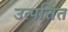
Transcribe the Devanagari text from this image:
उत्पत्तित